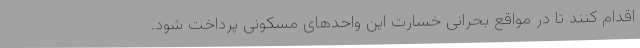
اقدام کنند تا در مواقع بحرانی خسارت این واحدهای مسکونی پرداخت شود.